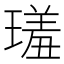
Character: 𤨩